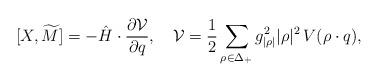
LaTeX: \begin{align*} [X, \widetilde{M}]= -\hat{H}\cdot{\partial{\cal V}\over{\partial q}},\quad {\cal V}={1\over2}\sum_{\rho\in\Delta_+} {g_{|\rho|}^{2} |\rho|^{2}} \,V(\rho\cdot q),\end{align*}